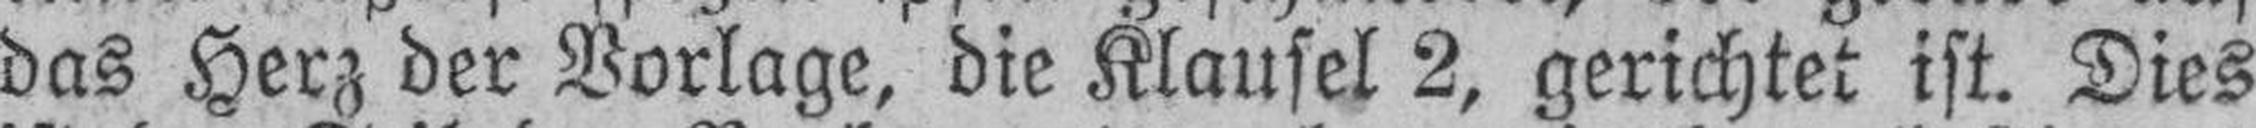
das Herz der Vorlage, die Klausel 2, gerichtet ist. Dies